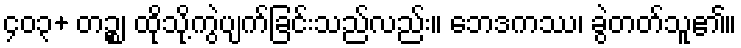
၄၀၃+ တဉ္စ၊ ထိုသို့ကွဲပျက်ခြင်းသည်လည်း။ ဘေဒကဿ၊ ခွဲတတ်သူ၏။